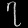
Digit: ၇